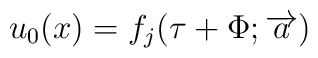
u_0(x)=f_j(\tau +\Phi ;\overrightarrow{a})